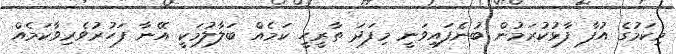
މިކަމުގެ އުފާ ފާޅުކުރަމުން ބުނެފައިވަނީ މިފަދަ ތާރީހީ ކަމެއް ބަލާލުމަކީ އޭނާ ފަހުރުވެރިވާކަމެއް